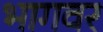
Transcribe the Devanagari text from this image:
भागवर